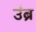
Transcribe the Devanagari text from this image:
उंब्र